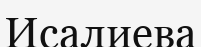
Исалиева